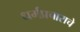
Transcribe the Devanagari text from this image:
धर्मप्रचाराचे